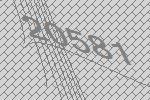
20581